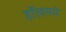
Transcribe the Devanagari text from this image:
हॉलमधे